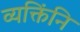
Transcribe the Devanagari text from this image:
व्यक्तिंनि